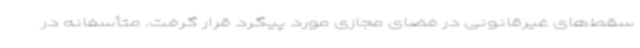
سقط‌های غیرقانونی در فضای مجازی مورد پیگرد قرار گرفت. متأسفانه در